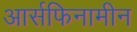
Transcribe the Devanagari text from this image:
आर्सफिनामीन